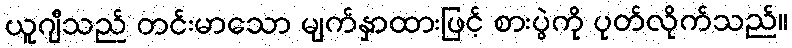
ယူဂျီသည် တင်းမာသော မျက်နှာထားဖြင့် စားပွဲကို ပုတ်လိုက်သည်။